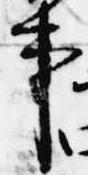
事